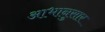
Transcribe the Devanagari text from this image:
आभानुसार